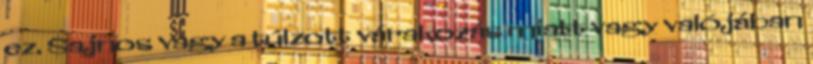
ez. Sajnos vagy a túlzott várakozás miatt vagy valójában